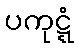
ပကုဋ္ဋံ